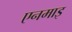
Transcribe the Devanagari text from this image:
एनमाइ